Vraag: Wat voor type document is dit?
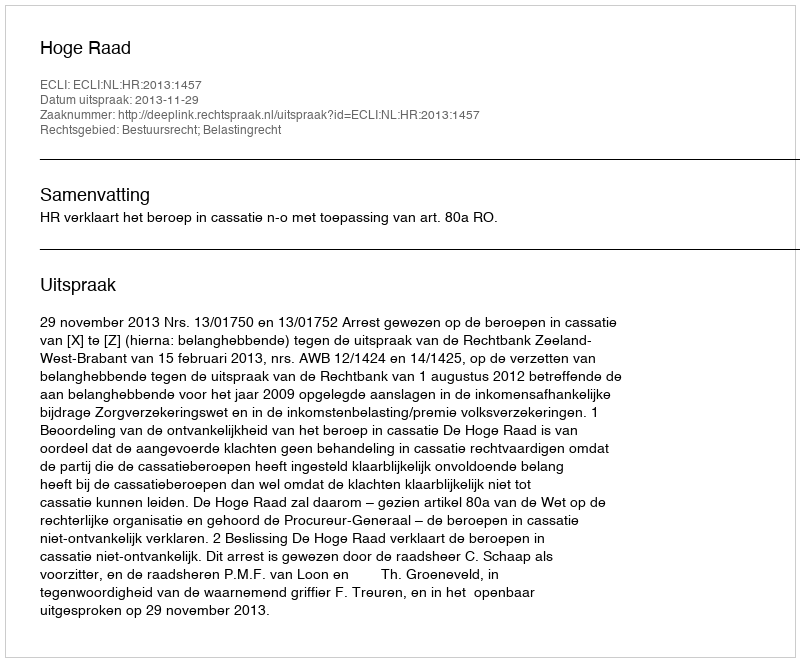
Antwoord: Uitspraak